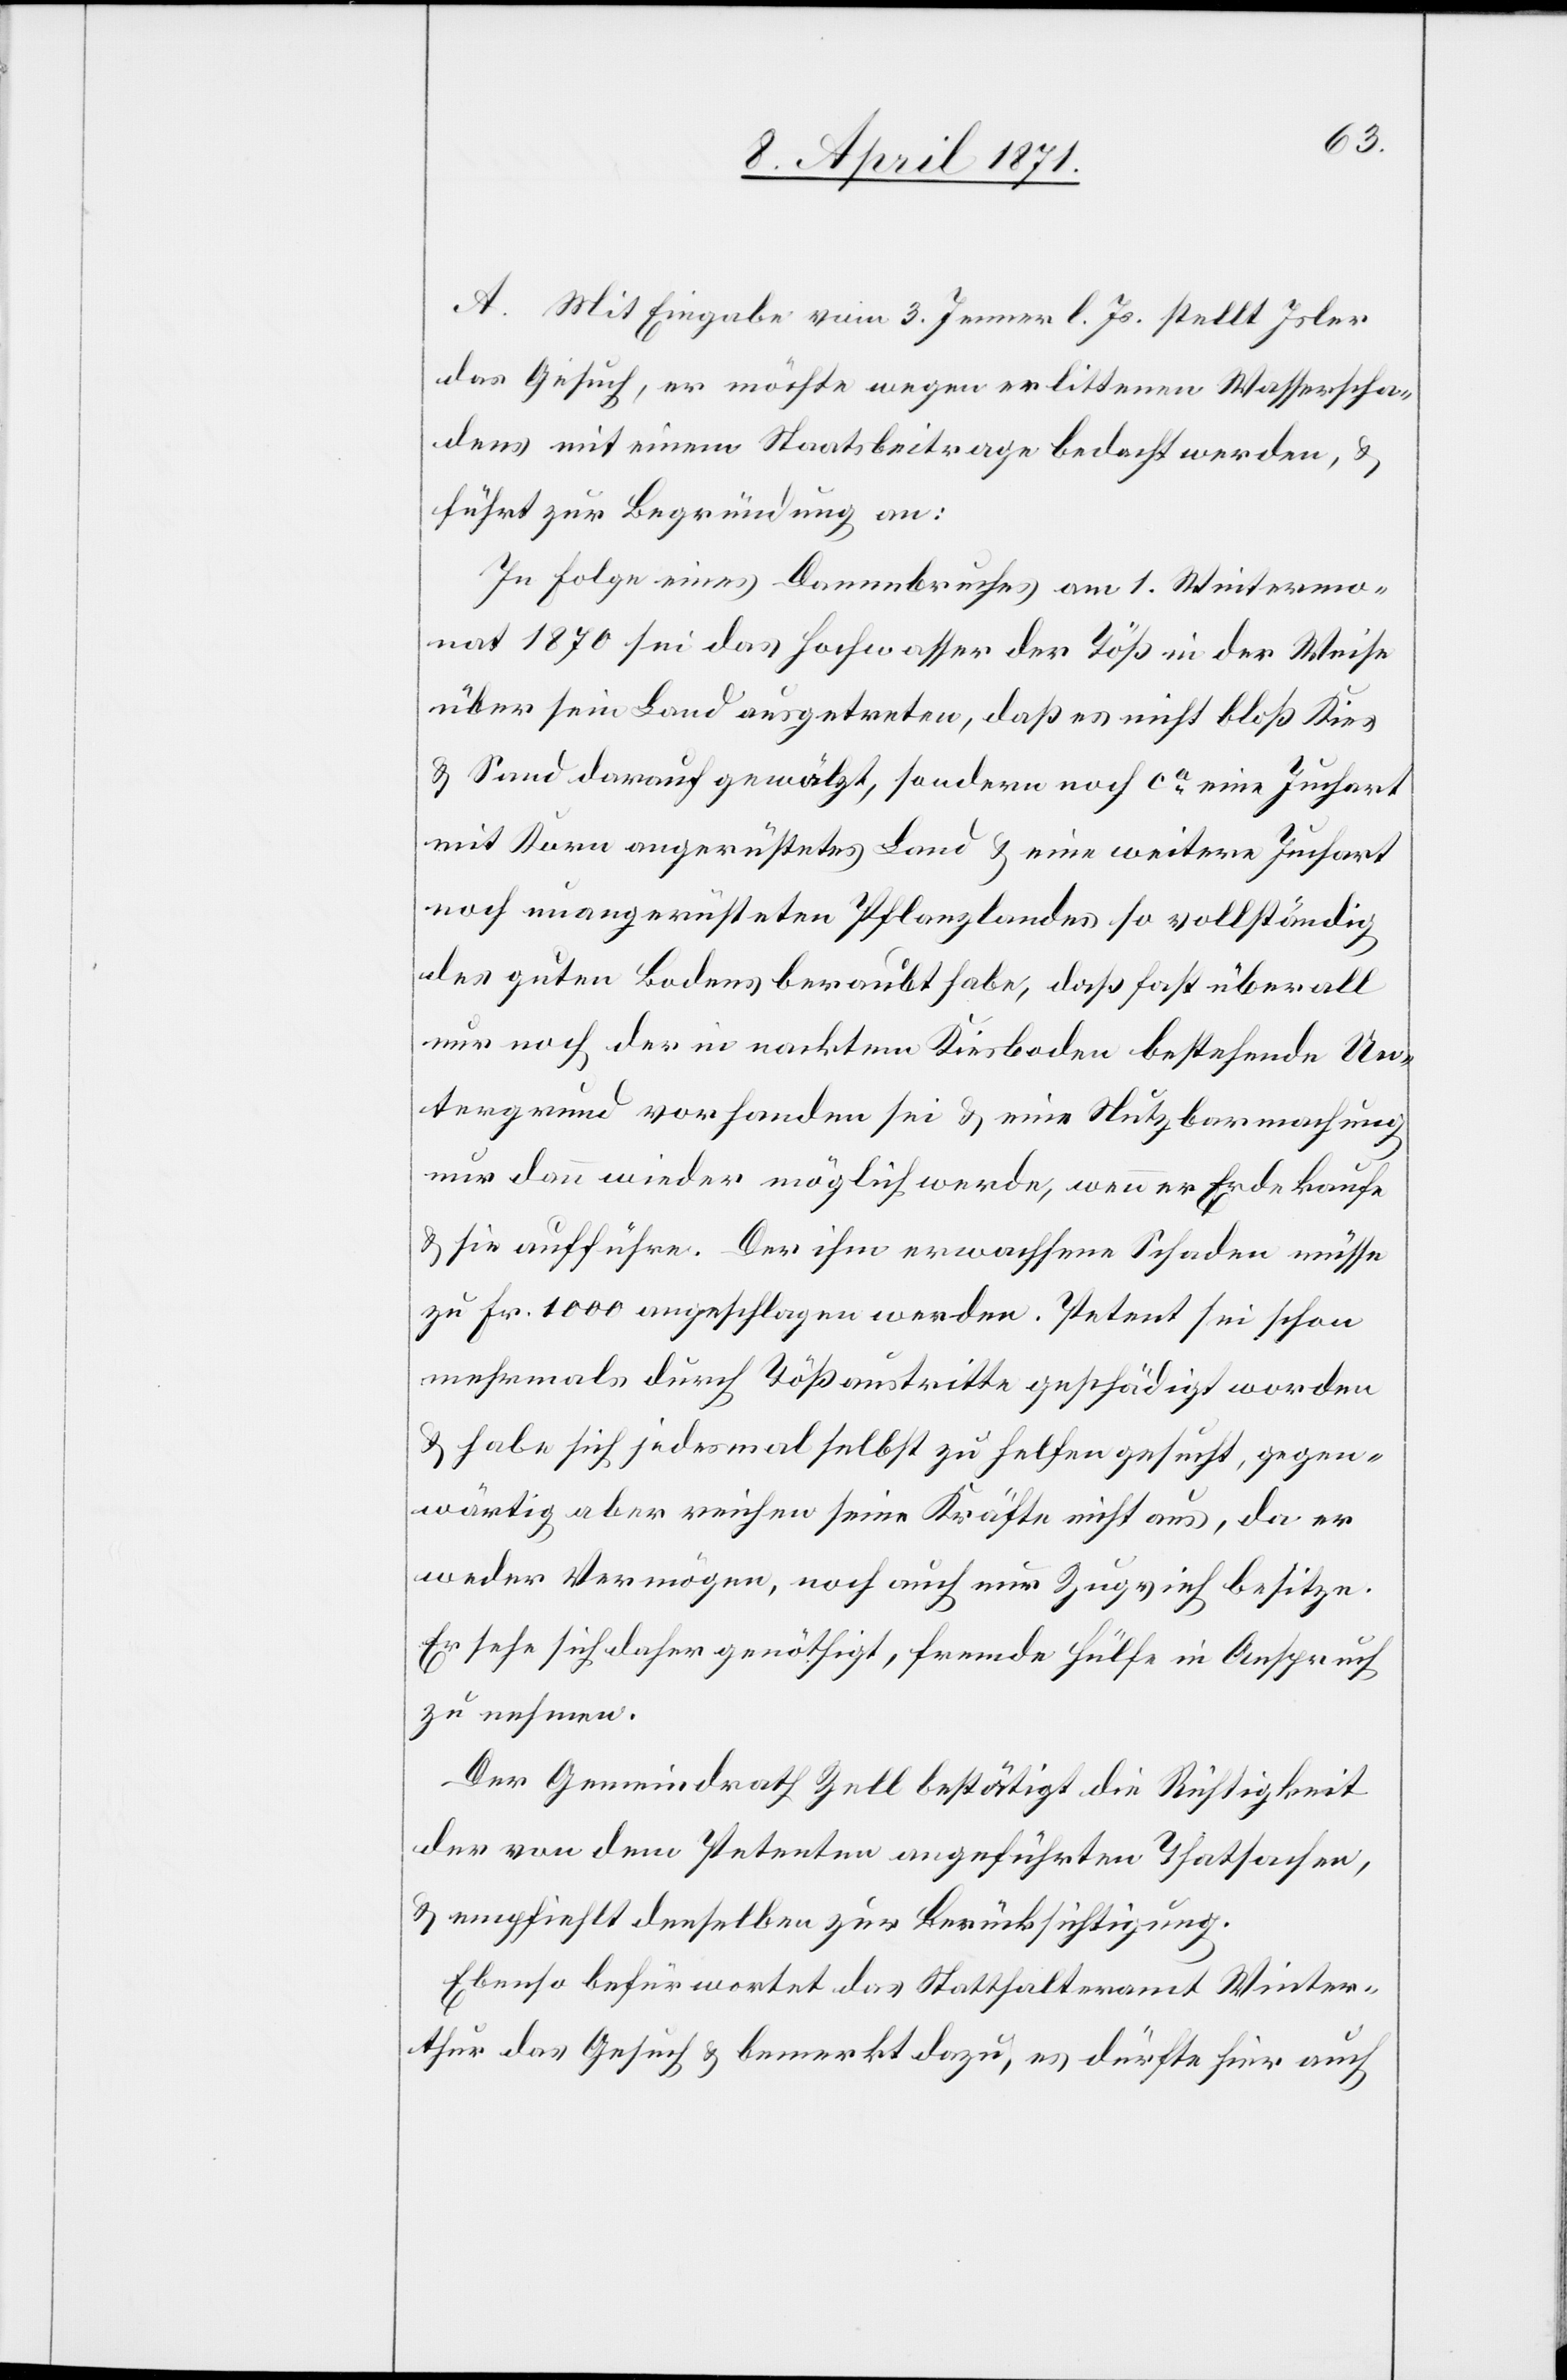
A. Mit Eingabe vom 3. Jenner l. Js. stellt Isler
das Gesuch, er möchte wegen erlittenen Wasserscha¬
dens mit einem Staatsbeitrage bedacht werden, u.
führt zur Begründung an:
In Folge eines Dammbruches am 1. Wintermo¬
nat 1870 sei das Hochwasser der Töß in der Weise
über sein Land ausgetreten, daß es nicht bloß Kies
u. Sand darauf gewälzt, sondern noch ca. eine Juchart
mit Korn angerüstetes Land u. eine weitere Juchart
noch unangerüsteten Pflanzlandes so vollständig
des guten Bodens beraubt habe, daß fast überall
nur noch der in nacktem Kiesboden bestehende Un¬
tergrund vorhanden sei u. eine Nutzbarmachung
nur dann wieder möglich werde, wenn er Erde kaufe
u. sie aufführe. Der ihm erwachsene Schaden müsse
zu Fr. 1000 angeschlagen werden. Petent sei schon
mehrmals durch Tößaustritte geschädigt worden
u. habe sich jedesmal selbst zu helfen gesucht, gegen¬
wärtig aber reichen seine Kräfte nicht aus, da er
weder Vermögen, noch auch nur Zugvieh besitze.
Er sehe sich daher genöthigt, fremde Hülfe in Anspruch
zu nehmen.
Der Gemeindrath Zell bestätigt die Richtigkeit
der von dem Petenten angeführten Thatsachen,
u. empfiehlt denselben zur Berücksichtigung.
Ebenso befürwortet das Statthalteramt Winter¬
thur das Gesuch u. bemerkt dazu, es dürfte hier auch